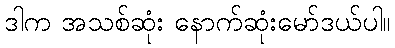
ဒါက အသစ်ဆုံး နောက်ဆုံးမော်ဒယ်ပါ။